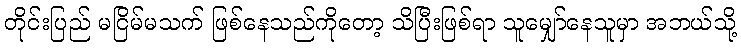
တိုင်းပြည် မငြိမ်မသက် ဖြစ်နေသည်ကိုတော့ သိပြီးဖြစ်ရာ သူမျှော်နေသူမှာ အဘယ်သို့